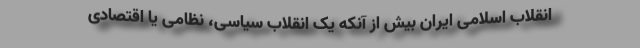
انقلاب اسلامی ایران بیش از آنکه یک انقلاب سیاسی، نظامی یا اقتصادی